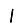
Digit: 1